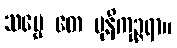
သဗ္ဗေ တေ မုနိကုဉ္ဇရာ။